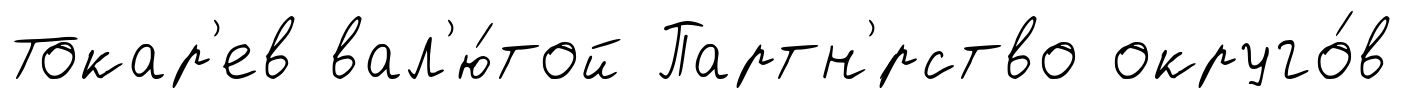
Токар'ев вал'ю́той Партн'́рство округо́в